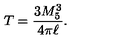
T = \frac { 3 M _ { 5 } ^ { 3 } } { 4 \pi \ell } .